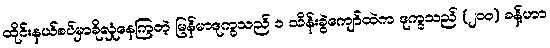
ထိုင်းနယ်စပ်မှာခိုလှုံနေကြတဲ့ မြန်မာဒုက္ခသည် ၁ သိန်းခွဲကျော်ထဲက ဒုက္ခသည် (၂၀၀) ခန့်ဟာ